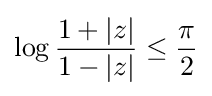
\log {1+|z| \over 1-|z|}\leq {\pi  \over 2}